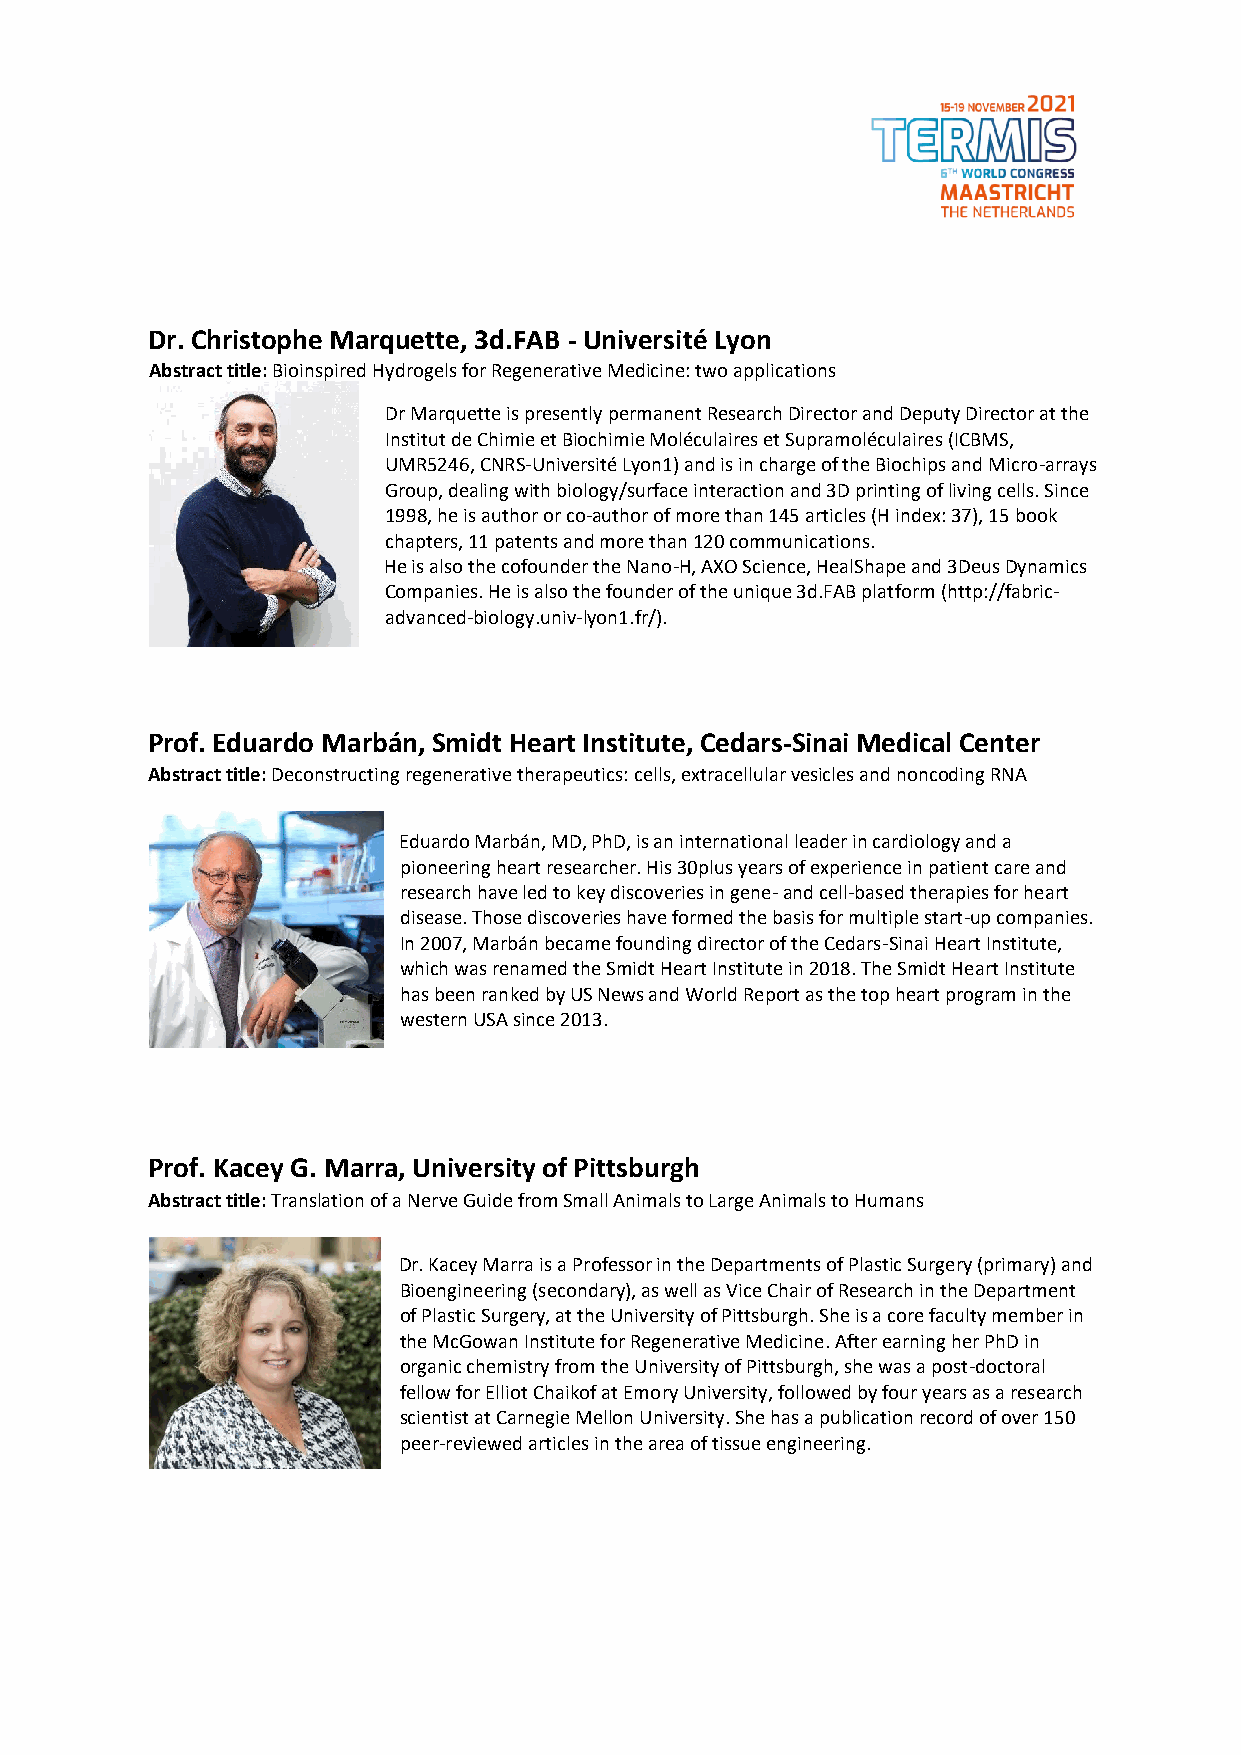
Dr. Christophe Marquette, 3d.FAB - Université Lyon
 Abstract title: Bioinspired Hydrogels for Regenerative Medicine: two applications
 Dr Marquette is presently permanent Research Director and Deputy Director at the
 Institut de Chimie et Biochimie Moléculaires et Supramoléculaires (ICBMS,
 UMR5246, CNRS-Université Lyon1) and is in charge of the Biochips and Micro-arrays
 Group, dealing with biology/surface interaction and 3D printing of living cells. Since
 1998, he is author or co-author of more than 145 articles (H index: 37), 15 book
 chapters, 11 patents and more than 120 communications.
 He is also the cofounder the Nano-H, AXO Science, HealShape and 3Deus Dynamics
 Companies. He is also the founder of the unique 3d.FAB platform (http://fabric-
 advanced-biology.univ-lyon1.fr/).
 Prof. Eduardo Marbán, Smidt Heart Institute, Cedars-Sinai Medical Center
 Abstract title: Deconstructing regenerative therapeutics: cells, extracellular vesicles and noncoding RNA
 Eduardo Marbán, MD, PhD, is an international leader in cardiology and a
 pioneering heart researcher. His 30plus years of experience in patient care and
 research have led to key discoveries in gene- and cell-based therapies for heart
 disease. Those discoveries have formed the basis for multiple start-up companies.
 In 2007, Marbán became founding director of the Cedars-Sinai Heart Institute,
 which was renamed the Smidt Heart Institute in 2018. The Smidt Heart Institute
 has been ranked by US News and World Report as the top heart program in the
 western USA since 2013.
 Prof. Kacey G. Marra, University of Pittsburgh
 Abstract title: Translation of a Nerve Guide from Small Animals to Large Animals to Humans
 Dr. Kacey Marra is a Professor in the Departments of Plastic Surgery (primary) and
 Bioengineering (secondary), as well as Vice Chair of Research in the Department
 of Plastic Surgery, at the University of Pittsburgh. She is a core faculty member in
 the McGowan Institute for Regenerative Medicine. After earning her PhD in
 organic chemistry from the University of Pittsburgh, she was a post-doctoral
 fellow for Elliot Chaikof at Emory University, followed by four years as a research
 scientist at Carnegie Mellon University. She has a publication record of over 150
 peer-reviewed articles in the area of tissue engineering.